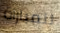
للمباراة